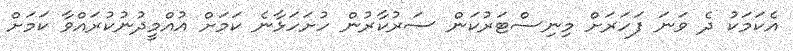
އެކަމަކު ދެ ވަނަ ފަހަރަށް މިނިސްޓަރުކަން ސަރުކާރުން ހުށަހަޅާނެ ކަމަށް އުއްމީދުނުކުރައްވާ ކަމަށް